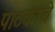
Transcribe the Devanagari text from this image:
पाठकांचे